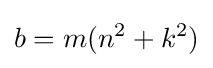
b=m(n^{2}+k^{2})